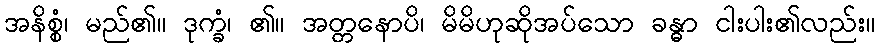
အနိစ္စံ၊ မည်၏။ ဒုက္ခံ၊ ၏။ အတ္တနောပိ၊ မိမိဟုဆိုအပ်သော ခန္ဓာ ငါးပါး၏လည်း။